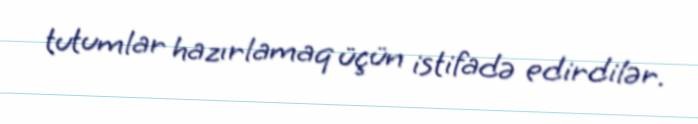
tutumlar hazırlamaq üçün istifadə edirdilər.